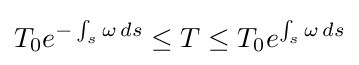
T_{0}e^{-\int _{s}\omega \,ds}\leq T\leq T_{0}e^{\int _{s}\omega \,ds}